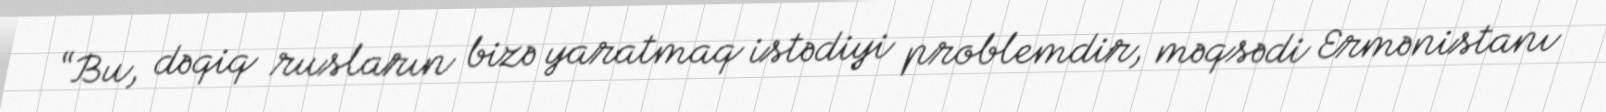
“Bu, dəqiq rusların bizə yaratmaq istədiyi problemdir, məqsədi Ermənistanı